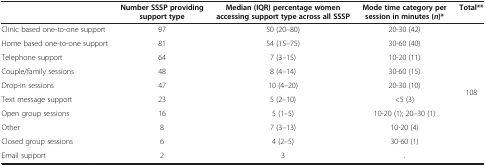
|  | Number SSSP providing support type | Median (IQR) percentage women accessing support type across all SSSP | Mode time category per session in minutes ( n )* | Total** |
 | --- | --- | --- | --- | --- |
 | Clinic based one-to-one support | 97 | 50 (20–80) | 20-30 (42) | <ROWSPAN=10> 108 |
 | Home based one-to-one support | 81 | 54 (15–75) | 30-60 (40) |
 | Telephone support | 64 | 7 (3–15) | 10-20 (11) |
 | Couple/family sessions | 48 | 8 (4–14) | 30-60 (15) |
 | Drop-in sessions | 47 | 10 (4–20) | 20-30 (10) |
 | Text message support | 23 | 5 (2–10) | <5 (3) |
 | Open group sessions | 16 | 5 (1–5) | 10-20 (1); 20–30 (1) |
 | Other | 8 | 7 (3–13) | 10-20 (4) |
 | Closed group sessions | 6 | 4 (2–5) | 30-60 (1) |
 | Email support | 2 | 3 | . |